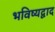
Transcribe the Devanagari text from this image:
भविष्यद्वाद